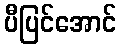
ပီပြင်အောင်